Annual report of the Camel Specialist
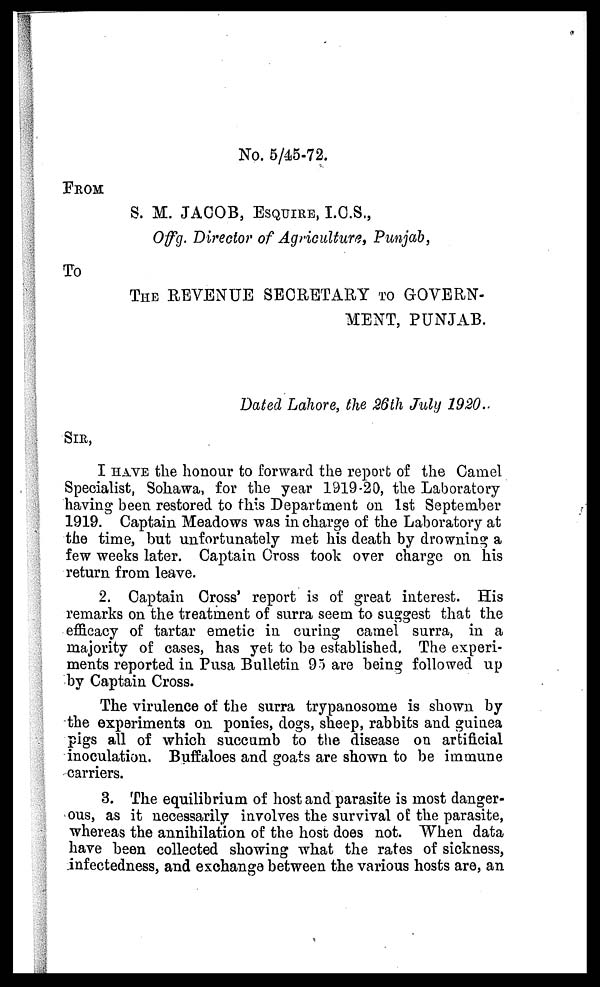
No. 5/45-72.
FROM
S. M. JACOB, ESQUIRE, I.C.S.,
Offg. Director of Agriculture, Punjab,
To
THE REVENUE SECRETARY TO GOVERN-
MENT, PUNJAB.
Dated Lahore, the 26th July 1920.
SIR,
I HAVE the honour to forward the report of the Camel
Specialist, Sohawa, for the year 1919-20, the Laboratory
having been restored to this Department on 1st September
1919. Captain Meadows was in charge of the Laboratory at
the time, but unfortunately met his death by drowning a
few weeks later. Captain Cross took over charge on his
return from leave.
2. Captain Cross' report is of great interest. His
remarks on the treatment of surra seem to suggest that the
efficacy of tartar emetic in curing camel surra, in a
majority of cases, has yet to be established. The experi-
ments reported in Pusa Bulletin 95 are being followed up
by Captain Cross.
The virulence of the surra trypanosome is shown by
the experiments on ponies, dogs, sheep, rabbits and guinea
pigs all of which succumb to the disease on artificial
inoculation. Buffaloes and goats are shown to be immune
carriers.
3. The equilibrium of host and parasite is most danger-
ous, as it necessarily involves the survival of the parasite,
whereas the annihilation of the host does not. When data
have been collected showing what the rates of sickness,
infectedness, and exchange between the various hosts are, an